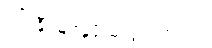
ရင်းနှီးမြုပ်နှံဖို့ မလွယ်တာပါ။